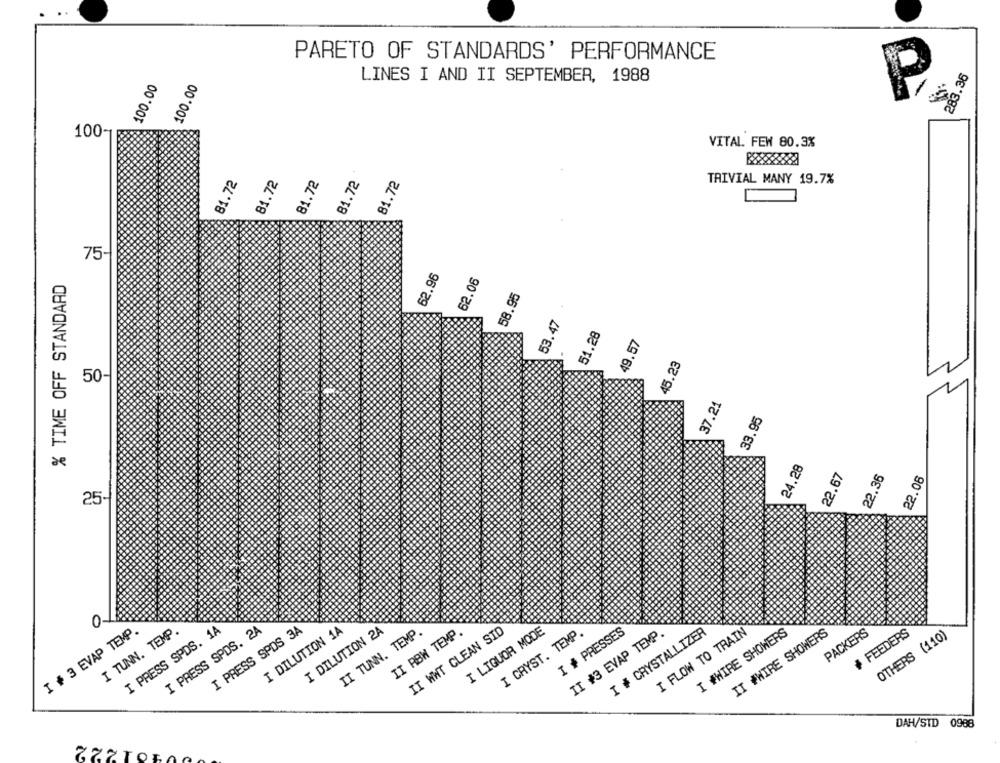
PARETO OF STANDARDS' PERFORMANCE
283.36
100.00
100.00
LINES I AND II SEPTEMBER, 1988
P
100-
VITAL. FEW 80.3%
81.72
81.72
81.72
81.72
81.72
TRIVIAL MANY 19.7%
75-
62.96
62.06
% TIME OFF STANDARD
58.95
53.47
51.28
49.57
45.23
50-
37.21
33.95
24,28
22.67
22.36
22.08
02
25-
I + 3 EVAP TEMP
I TUNN. TEMP
I PRESS SPDS. 1A
I PRESS SPDS. 2A
I PRESS SPDS 3A
I DILUTION 1A
I DILUTION 2A
II TUNN. TEMP.
II RBW TEMP
II WWT CLEAN SID
I LIQUOR MODE
I CRYST. TEMP.
I * PRESSES
II #3 EVAP TEMP.
I # CRYSTALLIZER
I FLOW TO TRAIN
I #WIRE SHOWERS
II #WIRE SHOWERS
PACKERS
+ FEEDERS
OTHERS (110)
DAH/STD 0988